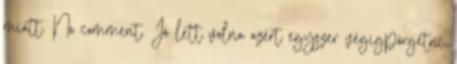
miatt. No comment. Jó lett volna azért egyszer végigpörgetni